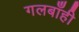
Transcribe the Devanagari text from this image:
गलबाँही